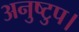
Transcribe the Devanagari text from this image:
अनुष्टुप।